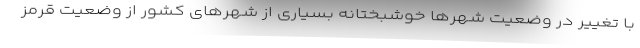
با تغییر در وضعیت شهرها خوشبختانه بسیاری از شهرهای کشور از وضعیت قرمز